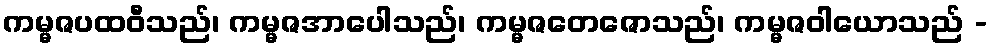
ကမ္မဇပထဝီသည်၊ ကမ္မဇအာပေါသည်၊ ကမ္မဇတေဇောသည်၊ ကမ္မဇဝါယောသည် -